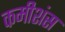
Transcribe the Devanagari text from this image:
कमीशंस